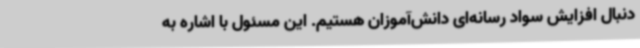
دنبال افزایش سواد رسانه‌ای دانش‌آموزان هستیم. این مسئول با اشاره به